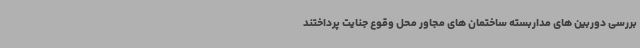
بررسی دوربین های مداربسته ساختمان های مجاور محل وقوع جنایت پرداختند